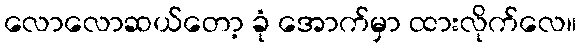
လောလောဆယ်တော့ ခုံ အောက်မှာ ထားလိုက်လေ။